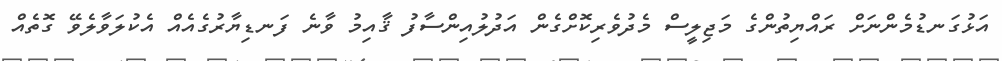
އަޅުގަނޑުމެންނަށް ރައްޔިތުންގެ މަޖިިލީސް މެދުވެރިކޮށްގެން އަދުލުއިންސާފު ޤާއިމު ވާނެ ފަނޑިޔާރުގެއެއް އެކުލަވާލެވޭ ގޮތެއް